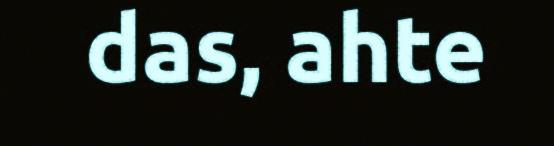
das, ahte